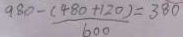
9 8 0 - \frac { ( 4 8 0 + 1 2 0 ) } { 6 0 0 } = 3 8 0